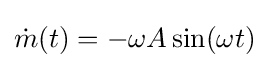
{\dot {m}}(t)=-\omega A\sin(\omega t)